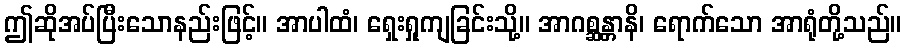
ဤဆိုအပ်ပြီးသောနည်းဖြင့်။ အာပါထံ၊ ရှေးရှုကျခြင်းသို့။ အာဂစ္ဆန္တာနိ၊ ရောက်သော အာရုံတို့သည်။